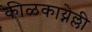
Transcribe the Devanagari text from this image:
कीळकाय्नेल्ली